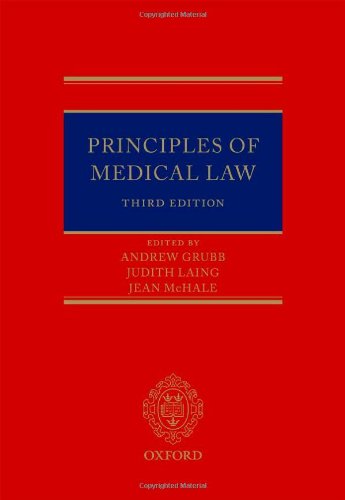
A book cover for Principles of Medical Law; Andrew Grubb; Law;